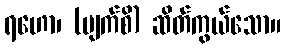
ရဟော၊ (မျက်စိ) ဆိတ်ကွယ်သော။